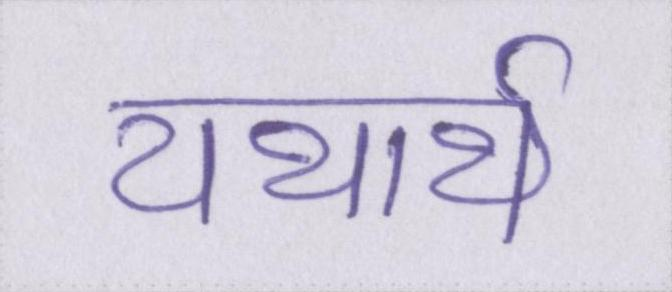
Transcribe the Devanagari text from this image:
यथार्थ